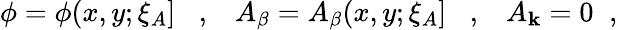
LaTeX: \phi=\phi(x,y;\xi_{A}]\; \; \; ,\; \; \; A_{\beta}=A_{\beta}(x,y;\xi_{A}]\; \; \; ,\; \; \; A_{\mathbf{k}}=0\; \; ,